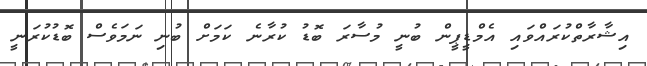
އިޝާރާތްކުރައްވައި އެމްޑީޕީން ބުނީ މުސާރަ ބޮޑު ކުރާނެ ކަމަށް ބުނި ނަމަވެސް ބޮޑުކުރަނީ